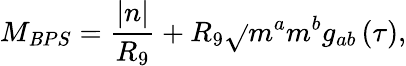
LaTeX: M_{\mathit{B}PS}=\frac{{\left|n\right|}}{{R_{9}}}+R_{9}\sqrt{}{{m^{a}m^{b}g_{ab}\left(\tau\right)}},